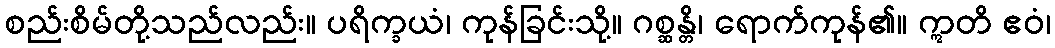
စည်းစိမ်တို့သည်လည်း။ ပရိက္ခယံ၊ ကုန်ခြင်းသို့။ ဂစ္ဆန္တိ၊ ရောက်ကုန်၏။ ဣတိ ဧဝံ၊